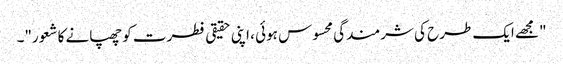
"مجھے ایک طرح کی شرمندگی محسوس ہوئی ، اپنی حقیقی فطرت کو چھپانے کا شعور"۔